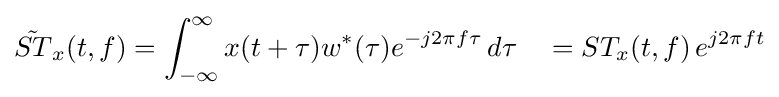
{\tilde {ST}}_{x}(t,f)=\int _{-\infty }^{\infty }x(t+\tau )w^{*}(\tau )e^{-j2\pi f\tau }\,d\tau \quad =ST_{x}(t,f)\,e^{j2\pi ft}